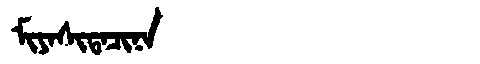
Manchu: ᠮᡳᠶᠠᠰᡳᡨᠠᠴᡳᠨᠠ
Romanization: MIYASITACINA